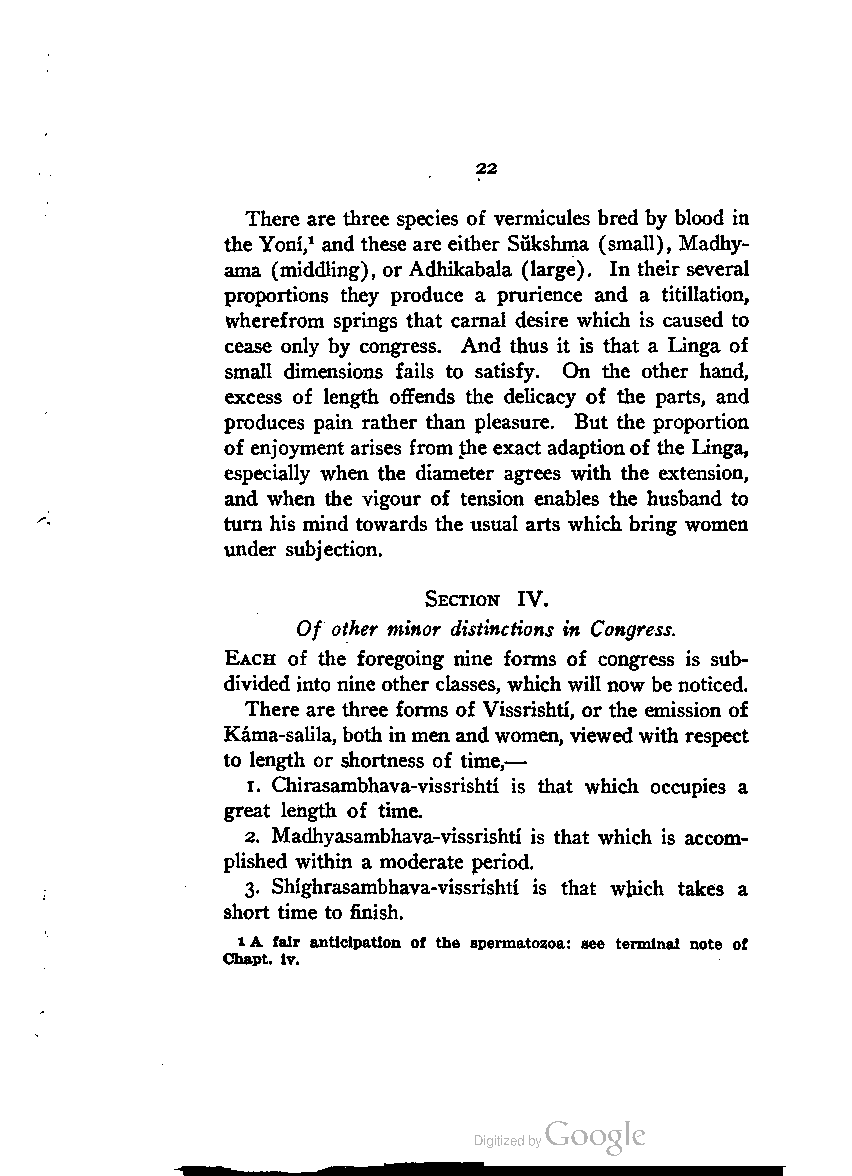
22
 There are three species of vermicules bred by blood in
 the Yoni,1 and these are either Sukshma (small), Madhy-
 ama (middling), or Adhikabala (large). In their several
 proportions they produce a prurience and a titillation,
 wherefrom springs that carnal desire which is caused to
 cease only by congress. And thus it is that a Linga of
 small dimensions fails to satisfy. On the other hand,
 excess of length offends the delicacy of the parts, and
 produces pain rather than pleasure. But the proportion
 of enjoyment arises from the exact adaptionof the Linga,
 especially when the diameter agrees with the extension,
 and when the vigour of tension enables the husband to
 turn his mind towards the usual arts which bring women
 under subjection.
 Section IV.
 Of other minor distinctions in Congress.
 Each of the foregoing nine forms of congress is sub
 divided into nine other classes, which will now be noticed.
 There are three forms of Vissrishti, or the emission of
 Kama-salila, both inmen andwomen, viewed with respect
 to length or shortness of time,—
 1. Chirasambhava-vissrishti is that which occupies a
 great length of time.
 2. Madhyasambhava-vissrishti is that which is accom
 plished within a moderate period.
 3. Shighrasambhava-vissrishti is that which takes a
 short time to finish.
 1A fair anticipation of the spermatozoa: see terminal note of
 Chapt. iv.